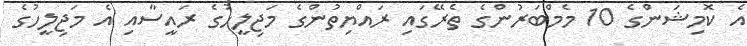
އެ ކޮމިޝަންގެ 10 މެމްބަރުންގެ ތެރޭގައި ރައްޔިތުންގެ މަޖިލީހުގެ ރައީސާއި އެ މަޖިލީހުގެ